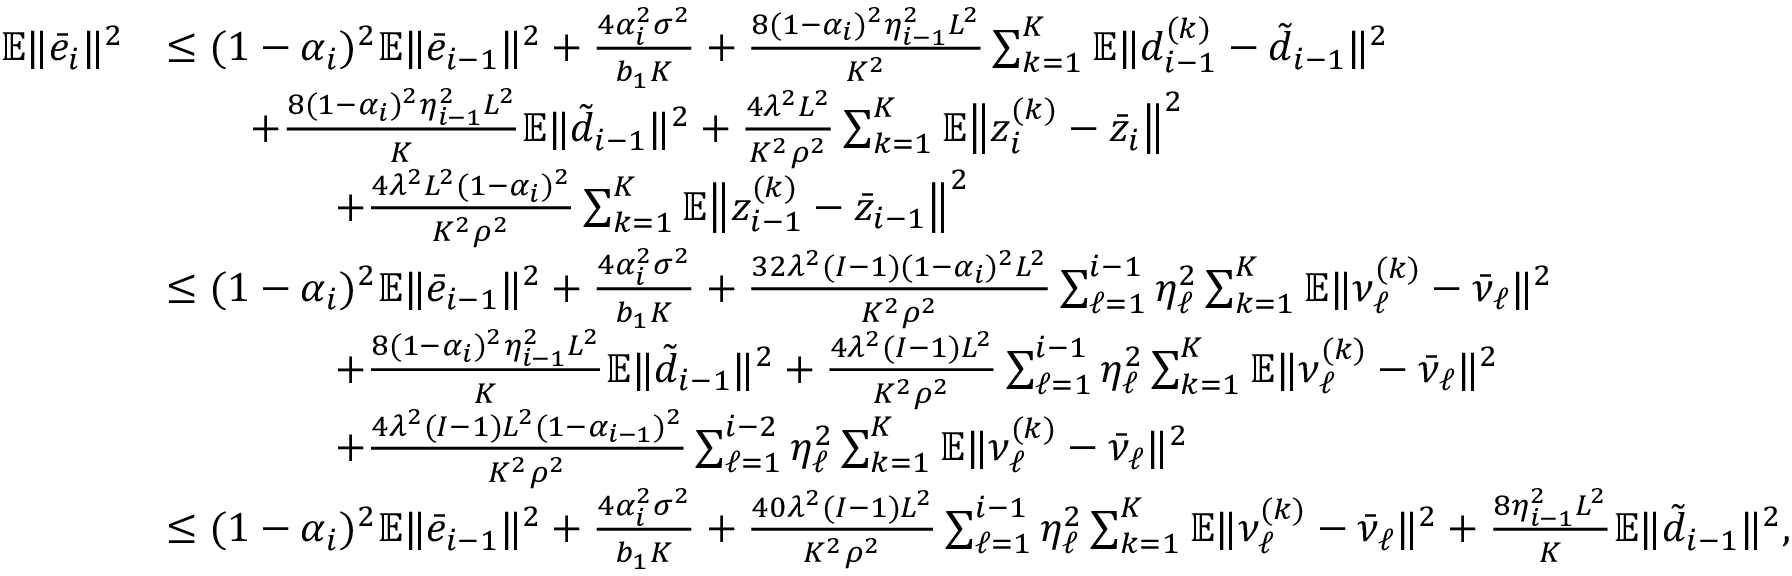
\begin{array} { r l } { \mathbb { E } \| \bar { e } _ { i } \| ^ { 2 } } & { \leq ( 1 - \alpha _ { i } ) ^ { 2 } \mathbb { E } \| \bar { e } _ { i - 1 } \| ^ { 2 } + \frac { 4 \alpha _ { i } ^ { 2 } \sigma ^ { 2 } } { b _ { 1 } K } + \frac { 8 ( 1 - \alpha _ { i } ) ^ { 2 } \eta _ { i - 1 } ^ { 2 } L ^ { 2 } } { K ^ { 2 } } \sum _ { k = 1 } ^ { K } \mathbb { E } \| d _ { i - 1 } ^ { ( k ) } - \tilde { d } _ { i - 1 } \| ^ { 2 } } \\ & { \qquad + \frac { 8 ( 1 - \alpha _ { i } ) ^ { 2 } \eta _ { i - 1 } ^ { 2 } L ^ { 2 } } { K } \mathbb { E } \| \tilde { d } _ { i - 1 } \| ^ { 2 } + \frac { 4 \lambda ^ { 2 } L ^ { 2 } } { K ^ { 2 } \rho ^ { 2 } } \sum _ { k = 1 } ^ { K } \mathbb { E } \big \| z _ { i } ^ { ( k ) } - \bar { z } _ { i } \big \| ^ { 2 } } \\ & { \qquad \qquad + \frac { 4 \lambda ^ { 2 } L ^ { 2 } ( 1 - \alpha _ { i } ) ^ { 2 } } { K ^ { 2 } \rho ^ { 2 } } \sum _ { k = 1 } ^ { K } \mathbb { E } \big \| z _ { i - 1 } ^ { ( k ) } - \bar { z } _ { i - 1 } \big \| ^ { 2 } } \\ & { \leq ( 1 - \alpha _ { i } ) ^ { 2 } \mathbb { E } \| \bar { e } _ { i - 1 } \| ^ { 2 } + \frac { 4 \alpha _ { i } ^ { 2 } \sigma ^ { 2 } } { b _ { 1 } K } + \frac { 3 2 \lambda ^ { 2 } ( I - 1 ) ( 1 - \alpha _ { i } ) ^ { 2 } L ^ { 2 } } { K ^ { 2 } \rho ^ { 2 } } \sum _ { \ell = 1 } ^ { i - 1 } \eta _ { \ell } ^ { 2 } \sum _ { k = 1 } ^ { K } \mathbb { E } \| \nu _ { \ell } ^ { ( k ) } - \bar { \nu } _ { \ell } \| ^ { 2 } } \\ & { \qquad \qquad + \frac { 8 ( 1 - \alpha _ { i } ) ^ { 2 } \eta _ { i - 1 } ^ { 2 } L ^ { 2 } } { K } \mathbb { E } \| \tilde { d } _ { i - 1 } \| ^ { 2 } + \frac { 4 \lambda ^ { 2 } ( I - 1 ) L ^ { 2 } } { K ^ { 2 } \rho ^ { 2 } } \sum _ { \ell = 1 } ^ { i - 1 } \eta _ { \ell } ^ { 2 } \sum _ { k = 1 } ^ { K } \mathbb { E } \| \nu _ { \ell } ^ { ( k ) } - \bar { \nu } _ { \ell } \| ^ { 2 } } \\ & { \qquad \qquad + \frac { 4 \lambda ^ { 2 } ( I - 1 ) L ^ { 2 } ( 1 - \alpha _ { i - 1 } ) ^ { 2 } } { K ^ { 2 } \rho ^ { 2 } } \sum _ { \ell = 1 } ^ { i - 2 } \eta _ { \ell } ^ { 2 } \sum _ { k = 1 } ^ { K } \mathbb { E } \| \nu _ { \ell } ^ { ( k ) } - \bar { \nu } _ { \ell } \| ^ { 2 } } \\ & { \leq ( 1 - \alpha _ { i } ) ^ { 2 } \mathbb { E } \| \bar { e } _ { i - 1 } \| ^ { 2 } + \frac { 4 \alpha _ { i } ^ { 2 } \sigma ^ { 2 } } { b _ { 1 } K } + \frac { 4 0 \lambda ^ { 2 } ( I - 1 ) L ^ { 2 } } { K ^ { 2 } \rho ^ { 2 } } \sum _ { \ell = 1 } ^ { i - 1 } \eta _ { \ell } ^ { 2 } \sum _ { k = 1 } ^ { K } \mathbb { E } \| \nu _ { \ell } ^ { ( k ) } - \bar { \nu } _ { \ell } \| ^ { 2 } + \frac { 8 \eta _ { i - 1 } ^ { 2 } L ^ { 2 } } { K } \mathbb { E } \| \tilde { d } _ { i - 1 } \| ^ { 2 } , } \end{array}